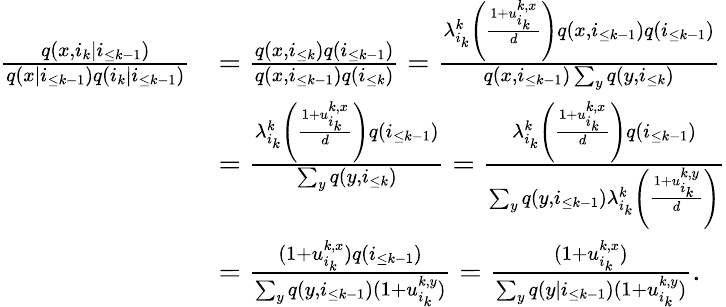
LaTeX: \begin{array}{rl}{\frac{q(x,i_{k}|i_{\le k-1})}{q(x|i_{\le k-1})q(i_{k}|i_{\le k-1})}}&{=\frac{q(x,i_{\le k})q(i_{\le k-1})}{q(x,i_{\le k-1})q(i_{\le k})}=\frac{\lambda_{i_{k}}^{k}\left(\frac{1+u_{i_{k}}^{k,x}}{d}\right)q(x,i_{\le k-1})q(i_{\le k-1})}{q(x,i_{\le k-1})\sum_{y}q(y,i_{\le k})}}\\ &{=\frac{\lambda_{i_{k}}^{k}\left(\frac{1+u_{i_{k}}^{k,x}}{d}\right)q(i_{\le k-1})}{\sum_{y}q(y,i_{\le k})}=\frac{\lambda_{i_{k}}^{k}\left(\frac{1+u_{i_{k}}^{k,x}}{d}\right)q(i_{\le k-1})}{\sum_{y}q(y,i_{\le k-1})\lambda_{i_{k}}^{k}\left(\frac{1+u_{i_{k}}^{k,y}}{d}\right)}}\\ &{=\frac{(1+u_{i_{k}}^{k,x})q(i_{\le k-1})}{\sum_{y}q(y,i_{\le k-1})(1+u_{i_{k}}^{k,y})}=\frac{(1+u_{i_{k}}^{k,x})}{\sum_{y}q(y|i_{\le k-1})(1+u_{i_{k}}^{k,y})}.}\end{array}